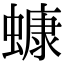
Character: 䗧